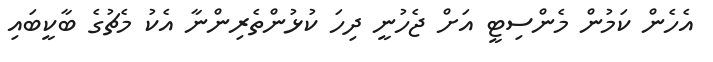
އެހެން ކަމުން މެންސިޓީ އަށް ޖެހުނީ ދިހަ ކުޅުންތެރިންނާ އެކު މެޗުގެ ބާކީބައި